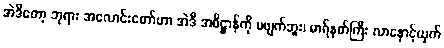
အဲဒီတော့ ဘုရား အလောင်းတော်ဟာ အဲဒီ အဓိဋ္ဌာန်ကို မဖျက်ဘူး၊ မာရ်နတ်ကြီး လာနှောင့်ယှက်